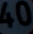
40